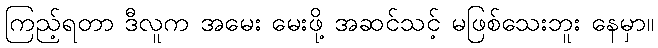
ကြည့်ရတာ ဒီလူက အမေး မေးဖို့ အဆင်သင့် မဖြစ်သေးဘူး နေမှာ။